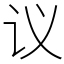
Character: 议